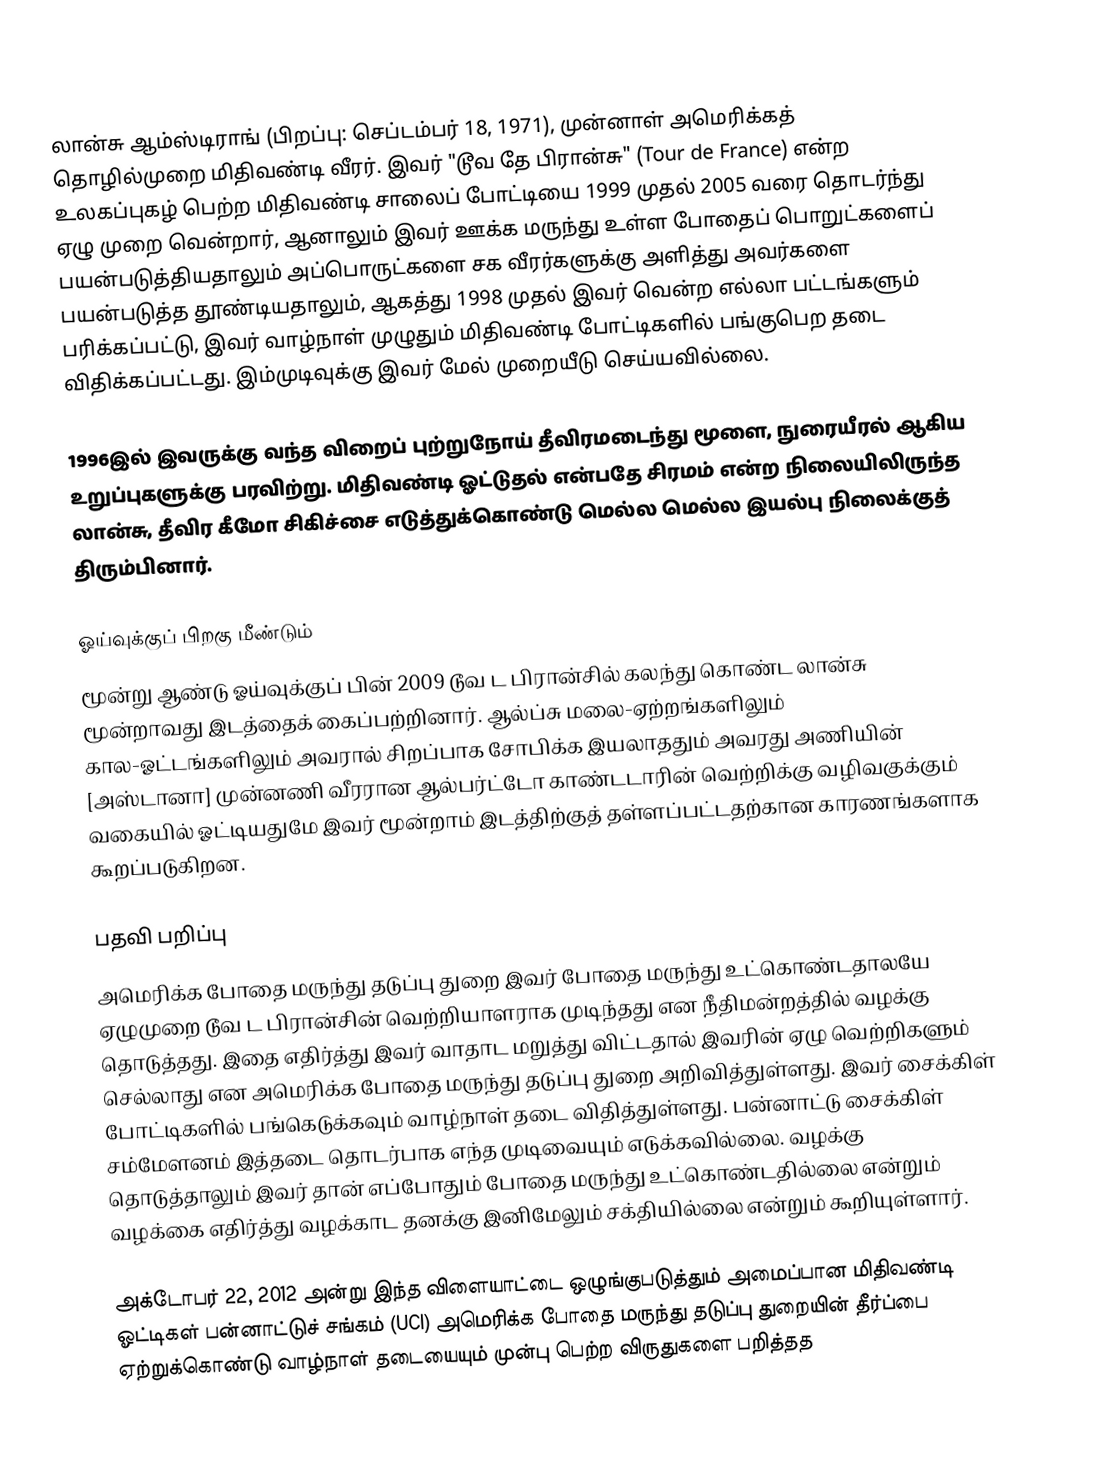
லான்சு ஆம்ஸ்டிராங் (பிறப்பு: செப்டம்பர் 18, 1971), முன்னாள் அமெரிக்கத் தொழில்முறை மிதிவண்டி வீரர். இவர் "டூவ தே பிரான்சு" (Tour de France) என்ற உலகப்புகழ் பெற்ற மிதிவண்டி சாலைப் போட்டியை 1999 முதல் 2005 வரை தொடர்ந்து ஏழு முறை வென்றார், ஆனாலும் இவர் ஊக்க மருந்து உள்ள போதைப் பொறுட்களைப் பயன்படுத்தியதாலும் அப்பொருட்களை சக வீரர்களுக்கு அளித்து அவர்களை பயன்படுத்த தூண்டியதாலும், ஆகத்து 1998 முதல் இவர் வென்ற எல்லா பட்டங்களும் பரிக்கப்பட்டு, இவர் வாழ்நாள் முழுதும் மிதிவண்டி போட்டிகளில் பங்குபெற தடை விதிக்கப்பட்டது. இம்முடிவுக்கு இவர் மேல் முறையீடு செய்யவில்லை.

1996இல் இவருக்கு வந்த விறைப் புற்றுநோய் தீவிரமடைந்து மூளை, நுரையீரல் ஆகிய உறுப்புகளுக்கு பரவிற்று. மிதிவண்டி ஓட்டுதல் என்பதே சிரமம் என்ற நிலையிலிருந்த லான்சு, தீவிர கீமோ சிகிச்சை எடுத்துக்கொண்டு மெல்ல மெல்ல இயல்பு நிலைக்குத் திரும்பினார்.

ஓய்வுக்குப் பிறகு மீண்டும்
மூன்று ஆண்டு ஓய்வுக்குப் பின் 2009 டூவ ட பிரான்சில் கலந்து கொண்ட லான்சு மூன்றாவது இடத்தைக் கைப்பற்றினார். ஆல்ப்சு மலை-ஏற்றங்களிலும் கால-ஓட்டங்களிலும் அவரால் சிறப்பாக சோபிக்க இயலாததும் அவரது அணியின் [அஸ்டானா] முன்னணி வீரரான ஆல்பர்ட்டோ காண்டடாரின் வெற்றிக்கு வழிவகுக்கும் வகையில் ஓட்டியதுமே இவர் மூன்றாம் இடத்திற்குத் தள்ளப்பட்டதற்கான காரணங்களாக கூறப்படுகிறன.

பதவி பறிப்பு
அமெரிக்க போதை மருந்து தடுப்பு துறை இவர் போதை மருந்து உட்கொண்டதாலயே ஏழுமுறை டூவ ட பிரான்சின் வெற்றியாளராக முடிந்தது என நீதிமன்றத்தில் வழக்கு தொடுத்தது. இதை எதிர்த்து இவர் வாதாட மறுத்து விட்டதால் இவரின் ஏழு வெற்றிகளும் செல்லாது என அமெரிக்க போதை மருந்து தடுப்பு துறை அறிவித்துள்ளது. இவர் சைக்கிள் போட்டிகளில் பங்கெடுக்கவும் வாழ்நாள் தடை விதித்துள்ளது. பன்னாட்டு சைக்கிள் சம்மேளனம் இத்தடை தொடர்பாக எந்த முடிவையும் எடுக்கவில்லை. வழக்கு தொடுத்தாலும் இவர் தான் எப்போதும் போதை மருந்து உட்கொண்டதில்லை என்றும் வழக்கை எதிர்த்து வழக்காட தனக்கு இனிமேலும் சக்தியில்லை என்றும் கூறியுள்ளார்.

அக்டோபர் 22, 2012 அன்று  இந்த விளையாட்டை ஒழுங்குபடுத்தும் அமைப்பான மிதிவண்டி ஓட்டிகள் பன்னாட்டுச் சங்கம் (UCI) அமெரிக்க போதை மருந்து தடுப்பு துறையின் தீர்ப்பை ஏற்றுக்கொண்டு வாழ்நாள் தடையையும் முன்பு பெற்ற விருதுகளை பறித்தத